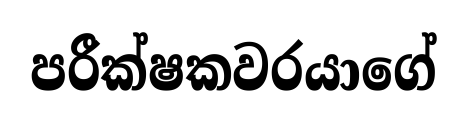
පරීක්ෂකවරයාගේ